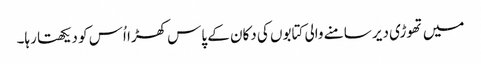
میں تھوڑی دیر سامنے والی کتابوں کی دکان کے پاس کھڑا اُس کو دیکھتا رہا۔